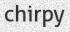
chirpy